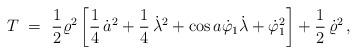
LaTeX: \begin{align*}T\ =\ \frac12\varrho^2\left[\frac14\,\dot a^2+\frac14\,\dot\lambda^2+\cos a\dot\varphi_1\dot\lambda+\dot\varphi^2_1\right]+\frac12\,\dot\varrho^2\,,\end{align*}